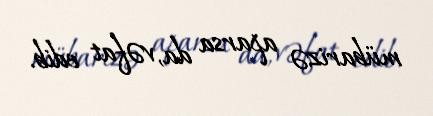
mübarizə aparsa da, vəfat edib.